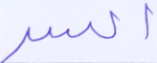
السر